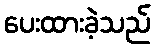
ပေးထားခဲ့သည်